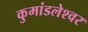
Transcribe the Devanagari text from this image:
कुमांडलेश्वर